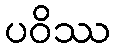
ပဝိဿ